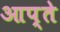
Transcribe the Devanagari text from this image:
आप्ते